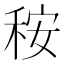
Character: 𥞬